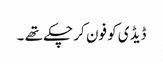
ڈیڈی کو فون کر چکے تھے ۔